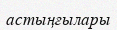
астыңғылары